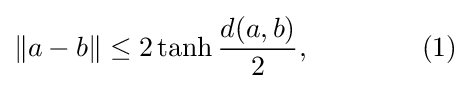
\|a-b\|\leq 2\tanh {\frac {d(a,b)}{2}},\qquad \qquad (1)